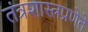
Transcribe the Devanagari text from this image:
तंत्रशास्त्रप्रणेते